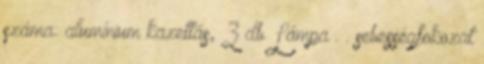
száma: alumínium kazettás, 3 db Lámpa . . sebességfokozat